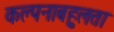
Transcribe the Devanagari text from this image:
कल्पनाबहुलता